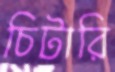
চিটারি